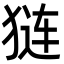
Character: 𬌵